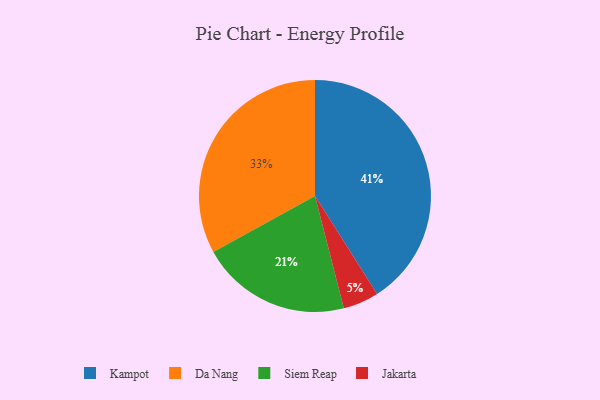
{"axis": {"x": "Category", "y": "Percentage"}, "legend": ["Da Nang", "Jakarta", "Kampot", "Siem Reap"], "data": [{"x": "Da Nang", "y": 33, "type": "Da Nang"}, {"x": "Jakarta", "y": 5, "type": "Jakarta"}, {"x": "Siem Reap", "y": 21, "type": "Siem Reap"}, {"x": "Kampot", "y": 41, "type": "Kampot"}]}